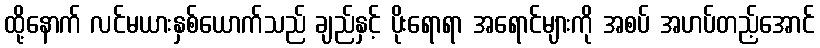
ထို့နောက် လင်မယားနှစ်ယောက်သည် ချည်နှင့် ပိုးရောရာ အရောင်များကို အစပ် အဟပ်တည့်အောင်